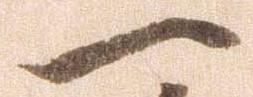
一